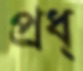
প্রধ্